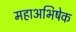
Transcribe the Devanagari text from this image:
महाअभिषेक